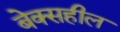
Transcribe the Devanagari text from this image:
बेक्सहील